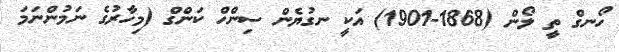
ހޯނގް ތީ ލޯން (1868-1901) އަކީ ނގުޔެން ސިންހް ކަންގް (މިހާރުގެ ނަމުންނަމަ